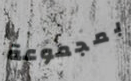
بمجموعة